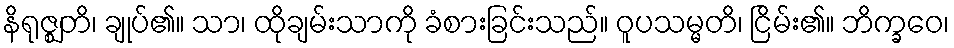
နိရုဇ္ဈတိ၊ ချုပ်၏။ သာ၊ ထိုချမ်းသာကို ခံစားခြင်းသည်။ ဝူပသမ္မတိ၊ ငြိမ်း၏။ ဘိက္ခဝေ၊